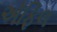
ઍફિલ